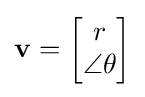
\mathbf {v} ={\begin{bmatrix}r\\\angle \theta \end{bmatrix}}